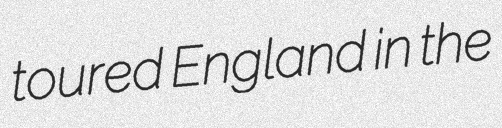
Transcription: toured England in the